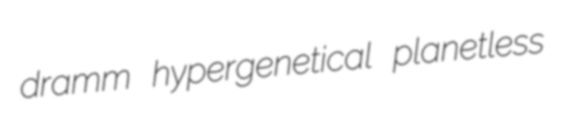
dramm hypergenetical planetless